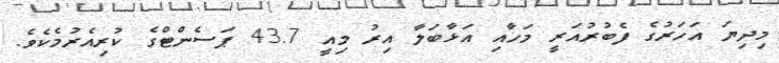
މިދިޔަ އަހަރުގެ ފެބުރުއަރީ މަހާއި އަޅާބަލާ އިރު މިއީ 43.7 ޕަސެންޓްގެ ކުރިއެރުމެކެވެ.